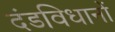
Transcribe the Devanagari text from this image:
दंडविधानों